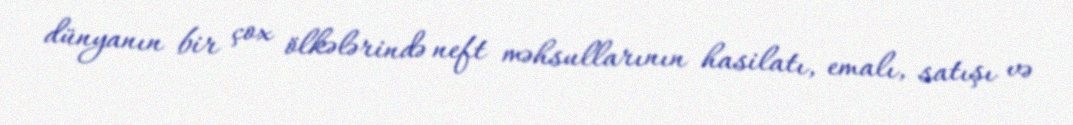
dünyanın bir çox ölkələrində neft məhsullarının hasilatı, emalı, satışı və